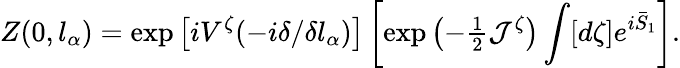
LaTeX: Z(0,l_{\alpha})=\exp\left[iV^{\zeta}(-i\delta/\delta l_{\alpha})\right]\left[\exp\left(-{\textstyle{\frac{1}{2}}}{\cal J}^{\zeta}\right)\int[d\zeta]e^{i\bar{S}_{1}}\right].